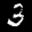
Label: 3